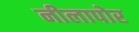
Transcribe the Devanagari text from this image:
नीलापोर